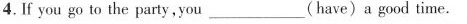
4.If you go to the party,you ___ (have) a good time.